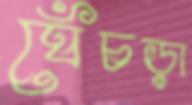
ঘেঁচড়া